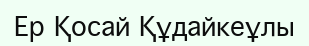
Ер Қосай Құдайкеұлы